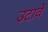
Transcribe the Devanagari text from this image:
उटावें